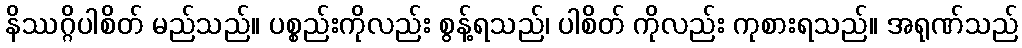
နိဿဂ္ဂိပါစိတ် မည်သည်။ ပစ္စည်းကိုလည်း စွန့်ရသည်၊ ပါစိတ် ကိုလည်း ကုစားရသည်။ အရုဏ်သည်